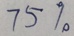
7 5 \%